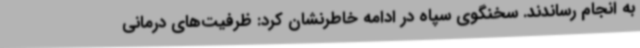
به انجام رساندند. سخنگوی سپاه در ادامه خاطرنشان کرد: ظرفیت‌های درمانی